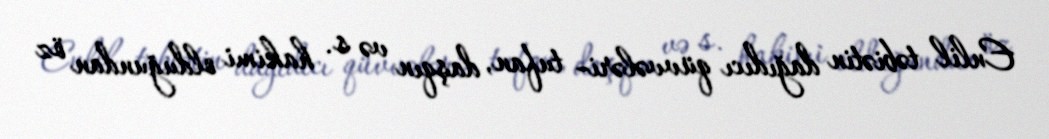
Enlil təbiətin dağıdıcı qüvvələri– tufan, daşqın və s. hakimi olduğundan öz